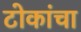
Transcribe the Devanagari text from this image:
टोकांचा